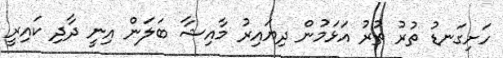
ހަށިގަނޑު ތުރު ތުރު އަޅަމުން ދިޔައިރު މާއިޝާ ބަލަން އިނީ ދާދި ކައިރީ